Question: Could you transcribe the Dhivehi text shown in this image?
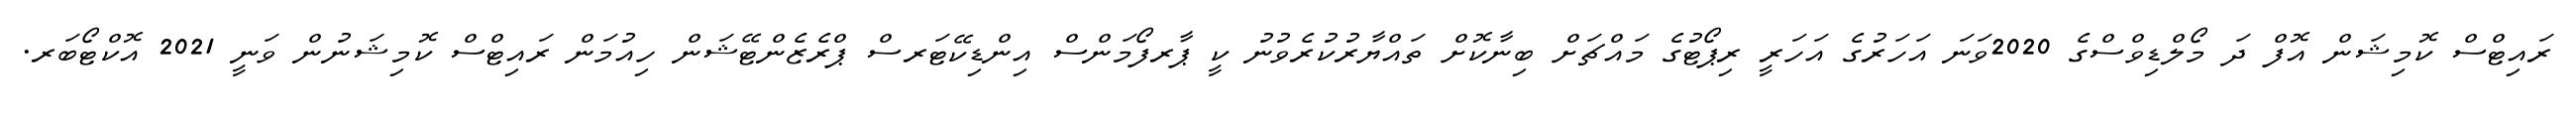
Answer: ރައިޓްސް ކޮމިޝަން އޮފް ދަ މޯލްޑިވްސްގެ 2020ވަނަ އަހަރުގެ އަހަރީ ރިޕޯޓުގެ މައްޗަށް ބިނާކޮށް ތައްޔާރުކުރެވުނު ކީ ޕާރފޯމަންސް އިންޑިކޭޓަރސް ޕްރެޒެންޓޭޝަން ހިއުމަން ރައިޓްސް ކޮމިޝަނުން ވަނީ 2021 އޮކްޓޯބަރ.